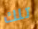
تلك